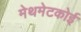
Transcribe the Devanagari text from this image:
मेथमेटकोई